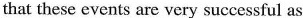
that these events are very successful as